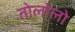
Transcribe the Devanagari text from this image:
तोलोलो